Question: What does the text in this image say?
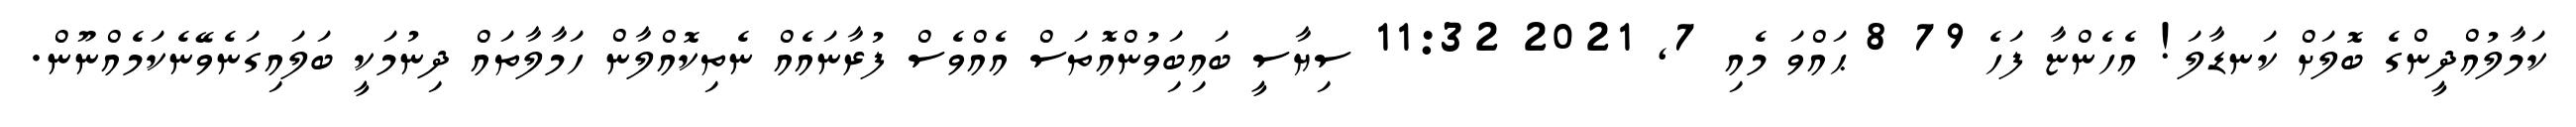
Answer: ކަމާލުއްދީންގެ ބޮލަށް ކަނޑާލަ! އެހެންޏާ ފަހެ 79 8 ޙައްވަ މެއި 7, 2021 11:32 ސިޔާސީ ބައިބަިވުންއޮތަސް އެއްވެސް ފުރާނައެއް ނެތިކޮއްލާން ހަމާލާތައް ދިނުމަކީ ބަލައިގަނެވޭނެކަމެއްނޫން.